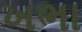
ખભા